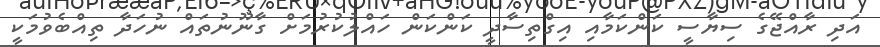
އަދި ރާއްޖޭގެ ސިޔާސީ ކަންކަމާއި އިގްތިސާދީ ކަންކަން ހައްލުކުރުމަށް ގާނޫނުތައް ނުހަދާ ތިއްބެވުމަކީ